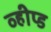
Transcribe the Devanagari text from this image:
व्हीप्ड